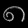
Digit: ၈